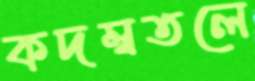
কদম্বতলে